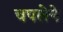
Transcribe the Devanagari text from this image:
चपलेने